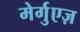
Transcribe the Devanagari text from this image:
मेर्गुएज़